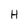
Character: H